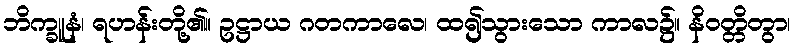
ဘိက္ခူနံ၊ ရဟန်းတို့၏။ ဥဋ္ဌာယ ဂတကာလေ၊ ထ၍သွားသော ကာလ၌။ နိဝတ္တိတွာ၊